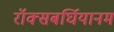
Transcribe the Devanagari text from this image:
रॉक्सबर्घियानम